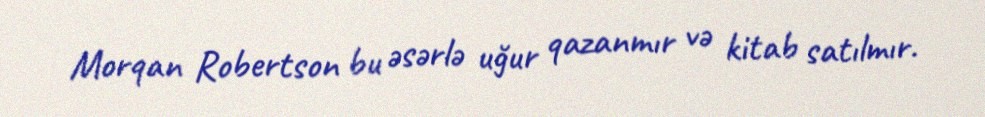
Morqan Robertson bu əsərlə uğur qazanmır və kitab satılmır.